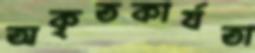
অকৃতকার্যতা